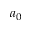
a _ { 0 }